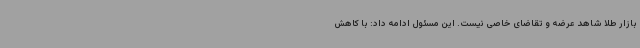
بازار طلا شاهد عرضه و تقاضای خاصی نیست. این مسئول ادامه داد: با کاهش